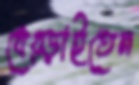
ধেব্‌ড়াইতেন